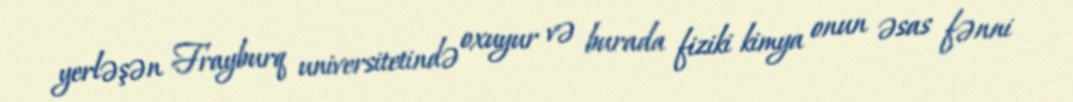
yerləşən Frayburq universitetində oxuyur və burada fiziki kimya onun əsas fənni